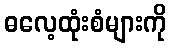
ဓလေ့ထုံးစံများကို